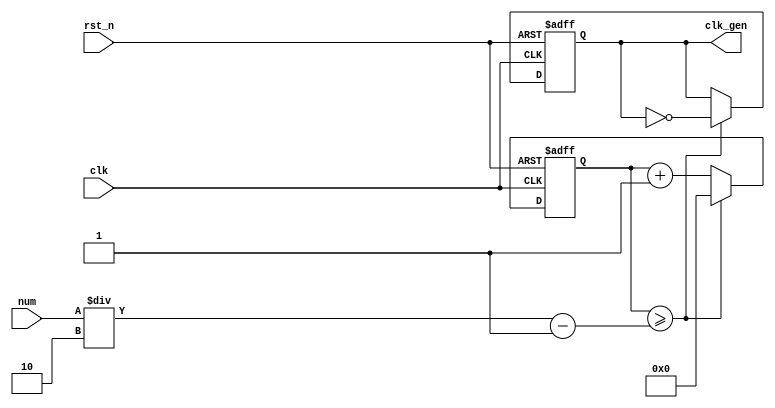
// ---------------------------------------------------------
//             digital clock v3
// Assignment: week6 practice P
// Course: practice in digital logic design
// clock (min:sec), changing mode ok, debounce
// --------------------- list ---------------------
// 1. NCO (1M Hz) << week5 P1
// 2. double figure separate ( tens digit / units digits ) << week5 P1
// 3. FND decoder << week5 P1
// 4. LED display << week5 P1
// PA: HMS counter (Hour, Minute, Second each counter)
// PB: Hour, Minute, Second total counter
// PC: Controller for sec_clk, min_clk & mode/position
// PD: Top module
// PE: Debounce
// ---------------------------------------------------------

// 01. NCO (1M Hz) << week5 P1
// 02. double figure separate ( tens digit / units digits ) << week5 P1
// 03. FND decoder << week5 P1
// 04. LED display << week5 P1
// 05. HMS counter (Hour, Minute, Second each counter)
// 06. HMS down counter (Hour, Minute, Second each counter)
// 07. Hour, Minute, Second total counter
// 08. Controller for sec_clk, min_clk & mode/position
// 09. Top module
// 10. Debounce
// 11. buzz
// ---------------------------------------------------------

// ------------------------------------------------
// NCO (1M Hz)
// ------------------------------------------------
module nco ( clk_gen, num, clk, rst_n );

output		clk_gen	;
input	[31:0]	num	;
input		clk	;
input		rst_n	;

reg	[31:0]	cnt	;
reg		clk_gen	;

always	@(posedge clk or negedge rst_n) begin
	if (rst_n == 1'b0) begin // reset
		cnt	<= 32'd0;
		clk_gen	<= 1'd0	;
	end else begin
		if (cnt >= num/2-1) begin
			cnt	<= 32'd0	;
			clk_gen	<= ~clk_gen	;
		end else begin
			cnt	<= cnt + 1'b1	;
		end
	end
end
endmodule

// ---------------------------------------------------------
// double figure separate ( tens digit / units digits )
// ---------------------------------------------------------
module double_fig_sep ( o_left, o_right, i_double_fig );

output	[3:0]	o_left		;
output	[3:0]	o_right		;
input	[5:0]	i_double_fig	;

assign o_left	= i_double_fig / 10	;
assign o_right	= i_double_fig % 10	;

endmodule

// ------------------------------------------------
// FND decoder
// ------------------------------------------------
module	fnd_dec ( o_seg, i_num );

output	[6:0]	o_seg	;	// segment
input	[3:0]	i_num	;	// input number
reg	[6:0]	o_seg	;

always	@(*)	begin
	case (i_num)
		4'b0000 : o_seg = 8'b111_1110;	// 0
		4'b0001 : o_seg = 8'b011_0000;	// 1
		4'b0010 : o_seg = 8'b110_1101;	// 2
		4'b0011 : o_seg = 8'b111_1001;	// 3
		4'b0100 : o_seg = 8'b011_0011;	// 4
		4'b0101 : o_seg = 8'b101_1011;	// 5
		4'b0110 : o_seg = 8'b101_1111;	// 6
		4'b0111 : o_seg = 8'b111_0000;	// 7
		4'b1000 : o_seg = 8'b111_1111;	// 8
		4'b1001 : o_seg = 8'b111_0011;	// 9
		4'b1010 : o_seg = 8'b111_0111;	// A
		4'b1011 : o_seg = 8'b001_1111;	// B
		4'b1100 : o_seg = 8'b100_1110;	// C
		4'b1101 : o_seg = 8'b011_1101;	// D
		4'b1110 : o_seg = 8'b100_1111;	// E
		4'b1111 : o_seg = 8'b100_0111;	// F
		default : o_seg = 8'b000_0000;
	endcase
end
endmodule

// ------------------------------------------------
// LED display
// ------------------------------------------------
module	led_disp ( o_seg, o_seg_dp, o_seg_enb, i_six_digit_seg, i_six_dp, clk, rst_n );

output	[5:0]	o_seg_enb	;	// common cathod
output		o_seg_dp	;	// chosen common cathod's dot
output	[6:0]	o_seg		;	// chosen common cathod's 7 seg

input	[41:0]	i_six_digit_seg	;	// all segment
input	[5:0]	i_six_dp	;	// all dot
input		clk		;
input		rst_n		;

wire		clk_gen		;

// *********************** .o_gen_clk (x), .clk_gen modified (o) ***********************
nco	u_nco ( .clk_gen ( clk_gen ), .num ( 32'd100000 ), .clk ( clk ), .rst_n ( rst_n ));	// num *= 1/100

reg	[3:0]	cnt_common_node	;

always	@(posedge clk_gen or negedge rst_n) begin
	if (rst_n == 1'b0) begin
		cnt_common_node <= 4'd0;
	end else begin
		if (cnt_common_node >= 4'd5) begin // 0~5 counter for common cathod
			cnt_common_node <= 4'd0;
		end else begin
			cnt_common_node <= cnt_common_node + 1'b1;
		end
	end
end

reg	[5:0]	o_seg_enb	;

always	@(cnt_common_node) begin
	case (cnt_common_node)
		4'd0 : o_seg_enb = 6'b111110;
		4'd1 : o_seg_enb = 6'b111101;
		4'd2 : o_seg_enb = 6'b111011;
		4'd3 : o_seg_enb = 6'b110111;
		4'd4 : o_seg_enb = 6'b101111;
		4'd5 : o_seg_enb = 6'b011111;
	endcase
end

reg		o_seg_dp	;

always	@(cnt_common_node) begin
	case (cnt_common_node)
		4'd0 : o_seg_dp = i_six_dp[0];
		4'd1 : o_seg_dp = i_six_dp[1];
		4'd2 : o_seg_dp = i_six_dp[2];
		4'd3 : o_seg_dp = i_six_dp[3];
		4'd4 : o_seg_dp = i_six_dp[4];
		4'd5 : o_seg_dp = i_six_dp[5];
	endcase
end

reg	[6:0]	o_seg		;

always	@(cnt_common_node) begin
	case (cnt_common_node)
		4'd0 : o_seg = i_six_digit_seg[6:0];
		4'd1 : o_seg = i_six_digit_seg[13:7];
		4'd2 : o_seg = i_six_digit_seg[20:14];
		4'd3 : o_seg = i_six_digit_seg[27:21];
		4'd4 : o_seg = i_six_digit_seg[34:28];
		4'd5 : o_seg = i_six_digit_seg[41:35];
	endcase
end

endmodule

// ---------------------------------------------------
// HMS counter (Hour, Minute, Second each counter)
// ---------------------------------------------------
module hms_cnt ( o_hms_cnt, o_max_hit, i_max_cnt, clk, rst_n );

output	[5:0]	o_hms_cnt	;	// 0 ~ 59
output		o_max_hit	;	// carry
input	[5:0]	i_max_cnt	;	// 59(m,s) or 23(h)
input		clk		;
input		rst_n		;

reg	[5:0]	o_hms_cnt	;
reg		o_max_hit	;

always @(posedge clk or negedge rst_n) begin
	if (rst_n == 1'b0) begin
		o_hms_cnt <= 6'd0;
		o_max_hit <= 1'b0;
	end else begin
		if (o_hms_cnt >= i_max_cnt) begin // 59(m,s) or 23(h)
			o_hms_cnt <= 6'd0;
			o_max_hit <= 1'b1;
		end else begin // 0~59
			o_hms_cnt <= o_hms_cnt + 1'b1;
			o_max_hit <= 1'b0;
		end
	end
end
endmodule

// ------------------------------------------------
// Hour, Minute, Second total counter
// ------------------------------------------------
module minsec ( o_sec, o_min, o_max_hit_sec, o_max_hit_min, 
		i_sec_clk, i_min_clk, clk, rst_n );

output	[5:0]	o_sec	;
output	[5:0]	o_min	;
output		o_max_hit_sec	;	// CLOCK mode - sec carry clk
output		o_max_hit_min	;	// CLOCK mode - min carry clk

input		i_sec_clk	;
input		i_min_clk	;
input		clk		;
input		rst_n		;

// MODE: CLOCK counter
hms_cnt		u0_hms_cnt ( .o_hms_cnt ( o_sec ), .o_max_hit ( o_max_hit_sec ), .i_max_cnt ( 6'd59 ), .clk ( i_sec_clk ), .rst_n ( rst_n ) ); // sec counter
hms_cnt		u1_hms_cnt ( .o_hms_cnt ( o_min ), .o_max_hit ( o_max_hit_min ), .i_max_cnt ( 6'd59 ), .clk ( i_min_clk ), .rst_n ( rst_n ) ); // min counter

endmodule

// ---------------------------------------------------
// Controller for sec_clk, min_clk & mode/position
// ---------------------------------------------------
module controller ( o_min_clk, o_sec_clk, 
			i_sw0, i_sw1, i_sw2, i_max_hit_sec, clk, rst_n );

output		o_min_clk	; // No [5:0], since it is just clock purse
output		o_sec_clk	; // No [5:0], since it is just clock purse

input		i_max_hit_sec	;
input		i_sw0		; // switch 0
input		i_sw1		; // switch 1
input		i_sw2		; // switch 2

input		clk		;
input		rst_n		;

parameter	MODE_CLOCK	= 2'b00	;
parameter	MODE_SETUP	= 2'b01	;

parameter	POS_SEC = 1'b0;
parameter	POS_MIN	= 1'b1;

// DEBOUNCE
wire	clk_slow		;
nco	u_nco_db ( .clk_gen ( clk_slow ), .num ( 32'd500000 ), .clk ( clk ), .rst_n ( rst_n ));

wire	sw0	;
wire	sw1	;
wire	sw2	;

debounce	u0_debounce ( .o_sw ( sw0 ), .i_sw ( i_sw0 ), .clk ( clk_slow ) );
debounce	u1_debounce ( .o_sw ( sw1 ), .i_sw ( i_sw1 ), .clk ( clk_slow ) );
debounce	u2_debounce ( .o_sw ( sw2 ), .i_sw ( i_sw2 ), .clk ( clk_slow ) );

reg		o_mode		;

// SWITCH 0: MODE
always	@(posedge sw0 or negedge rst_n) begin
	if (rst_n == 1'b0) begin // reset
		o_mode <= MODE_CLOCK;
	end else begin // when pressing button, changing mode
		o_mode <= o_mode + 1'b1;
	end
end

reg		o_position	;

// SWITCH 1: POSITION
always	@(posedge sw1 or negedge rst_n) begin
	if (rst_n == 1'b0) begin // reset
		o_position <= POS_SEC;
	end else begin // when pressing button
		o_position <= o_position + 1'b1; // changing mode
	end
end

// CLK NCO
wire		clk_1hz		;	// 1Hz clock
nco		u_nco ( .clk_gen ( clk_1hz ), .num ( 32'd50000000 ), .clk ( clk ), .rst_n ( rst_n ));

// CLK for each MODE
reg		o_sec_clk	;
reg		o_min_clk	;

always @(*) begin
	case (o_mode)
		MODE_CLOCK : begin // CLOCK mode
			o_sec_clk = clk_1hz;
			o_min_clk = i_max_hit_sec;
		end
		MODE_SETUP : begin // SETTING mode
			case (o_position)
				POS_SEC : begin // o_sec_clk returns "clk_1Hz" or "~i_sw2" clock
					o_sec_clk = ~sw2;
					o_min_clk = 1'b0; // posedge o_sec_clk >> sec++;
				end
				POS_MIN : begin // o_min_clk returns "clk_1Hz" or "~i_sw2" clock
					o_sec_clk = 1'b0;
 				  	o_min_clk = ~sw2; // posedge o_min_clk >> min++;
				end
			endcase
		end
	endcase
end

endmodule

// ---------------------------------------------------
// Top module 
// ---------------------------------------------------
module top_hms_clock ( o_seg, o_seg_dp, o_seg_enb, i_sw0, i_sw1, i_sw2, clk, rst_n );

output	[6:0]	o_seg		;
output		o_seg_dp	;
output	[5:0]	o_seg_enb	;

input		i_sw0		;
input		i_sw1		;
input		i_sw2		;
input		clk		;
input		rst_n		;

wire		mode		;
wire		position	;
wire		min_clk		;
wire		sec_clk		;
wire		max_hit_sec	;	// controller's input
wire		max_hit_min	;	// controller's input

/*module controller ( o_min_clk, o_sec_clk, 
			i_sw0, i_sw1, i_sw2, i_max_hit_sec, clk, rst_n );*/

controller 	u_ctrl ( .o_min_clk ( min_clk ), .o_sec_clk ( sec_clk ),
		.i_sw0 ( i_sw0 ) , .i_sw1 ( i_sw1 ), .i_sw2 ( i_sw2 ), 
		.i_max_hit_sec ( max_hit_sec ) , .clk ( clk ), .rst_n ( rst_n ) );

wire	[5:0]	sec		;
wire	[5:0]	min		;

/*module controller ( o_min_clk, o_sec_clk, 
			i_sw0, i_sw1, i_sw2, i_max_hit_sec, clk, rst_n );*/

minsec 		u_minsec ( .o_sec ( sec ), .o_min ( min ), .o_max_hit_sec ( max_hit_sec ), .o_max_hit_min ( max_hit_min ),
		.i_sec_clk ( sec_clk ), .i_min_clk ( min_clk ), .clk ( clk ), .rst_n ( rst_n ));

wire	[3:0]	sec_left	;
wire	[3:0]	sec_right	;
wire	[3:0]	min_left	;
wire	[3:0]	min_right	;

double_fig_sep	u0_dfs ( .o_left ( sec_left ), .o_right ( sec_right ), .i_double_fig ( sec ) ) ;
double_fig_sep	u1_dfs ( .o_left ( min_left ), .o_right ( min_right ), .i_double_fig ( min ) ) ;

wire	[6:0]	sec_left_seg	;
wire	[6:0]	sec_right_seg	;
wire	[6:0]	min_left_seg	;
wire	[6:0]	min_right_seg	;

fnd_dec		u0_fun_dec( .o_seg( sec_left_seg ), .i_num( sec_left ) );
fnd_dec		u1_fun_dec( .o_seg( sec_right_seg ), .i_num( sec_right ) );
fnd_dec		u2_fun_dec( .o_seg( min_left_seg ), .i_num( min_left ) );
fnd_dec		u3_fun_dec( .o_seg( min_right_seg ), .i_num( min_right ) );

wire	[41:0]	six_digit_seg	;
assign		six_digit_seg = { {2{7'd0}}, min_left_seg, min_right_seg, sec_left_seg, sec_right_seg };

led_disp	u_led_disp ( .o_seg ( o_seg ), .o_seg_dp ( o_seg_dp ) , .o_seg_enb ( o_seg_enb ),
		.i_six_digit_seg( six_digit_seg ), .i_six_dp ( 6'd0 ), .clk ( clk ), .rst_n ( rst_n ));

endmodule

// ---------------------------------------------------
// Debounce
// ---------------------------------------------------
module debounce ( o_sw, i_sw, clk );

output	o_sw	;
input	i_sw	;
input	clk	;

reg	dly1_sw	;
always	@(posedge clk) begin
	dly1_sw <= i_sw;
end

reg dly2_sw	;
always	@(posedge clk)begin
	dly2_sw <= dly1_sw;
end

assign	o_sw = dly1_sw | ~dly2_sw;

endmodule